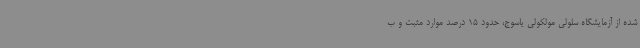
شده از آزمایشگاه سلولی مولکولی یاسوج، حدود 15 درصد موارد مثبت و ب